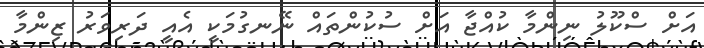
އަށް ސްކޫލު ނިންމާ ކުއްޖާ އަށް ސުކުންތައް ނޭނގުމަކީ އެއީ ދަރިވަރު ޒިންމާ